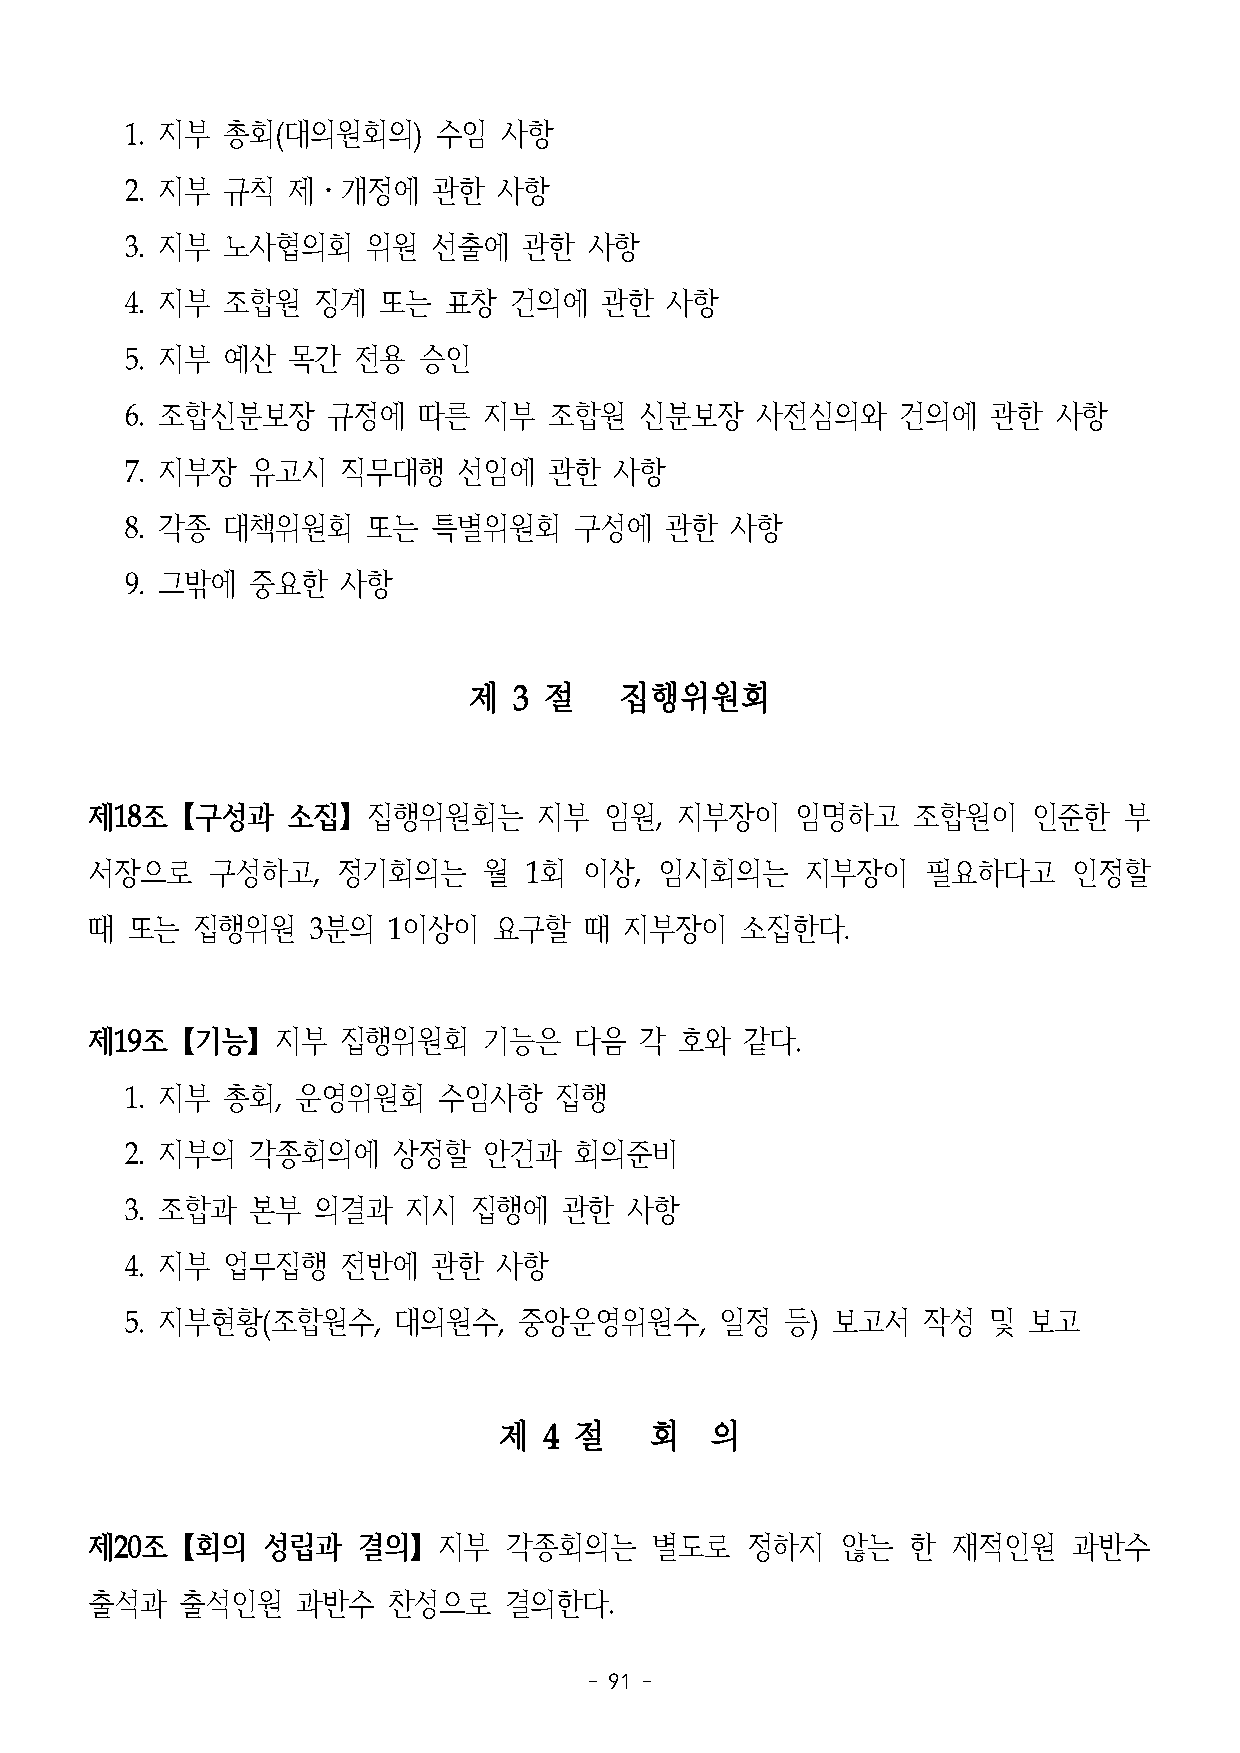
1. 지부  총회(대의원회의)     수임  사항
 2. 지부  규칙  제․개정에     관한  사항
 3. 지부  노사협의회    위원   선출에   관한  사항
 4. 지부  조합원   징계  또는  표창   건의에   관한  사항
 5. 지부  예산  목간  전용   승인
 6. 조합신분보장     규정에   따른  지부  조합원   신분보장    사전심의와     건의에   관한  사항
 7. 지부장  유고시    직무대행   선임에   관한   사항
 8. 각종  대책위원회    또는   특별위원회    구성에   관한  사항
 9. 그밖에  중요한    사항
 제  3 절    집행위원회
 제18조【구성과     소집】집행위원회는        지부  임원,  지부장이    임명하고   조합원이    인준한   부
 서장으로    구성하고,   정기회의는     월  1회  이상,  임시회의는    지부장이    필요하다고     인정할
 때 또는   집행위원    3분의  1이상이   요구할   때 지부장이    소집한다.
 제19조【기능】지부      집행위원회     기능은   다음  각  호와  같다.
 1. 지부  총회,  운영위원회    수임사항    집행
 2. 지부의  각종회의에     상정할   안건과   회의준비
 3. 조합과  본부   의결과   지시  집행에   관한  사항
 4. 지부  업무집행    전반에   관한  사항
 5. 지부현황(조합원수,     대의원수,   중앙운영위원수,      일정  등) 보고서   작성  및  보고
 제  4 절    회   의
 제20조【회의    성립과    결의】지부    각종회의는     별도로   정하지    않는  한  재적인원    과반수
 출석과   출석인원    과반수   찬성으로   결의한다.
 - 91 -